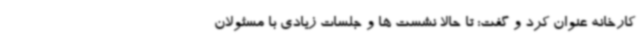
کارخانه عنوان کرد و گفت: تا حالا نشست ها و جلسات زیادی با مسئولان